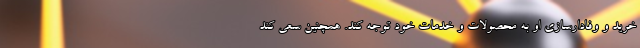
خرید و وفادارسازی او به محصولات و خدمات خود توجه کند. همچنین سعی ‌کند